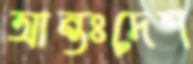
আন্তঃদেশ